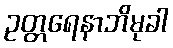
ဥတ္တရေနာဘိမုခါ